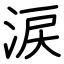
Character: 涙